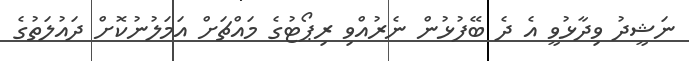
ނަޝީދު ވިދާޅުވީ އެ ދެ ބޭފުޅުން ނެރުއްވި ރިޕޯޓުގެ މައްޗަށް އަމަލުނުކޮށް ދައުލަތުގެ